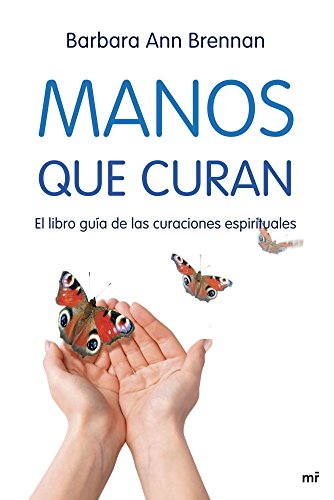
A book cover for manos que curan el libro guia de las curaciones 34ed; Barbara Brennan; Science & Math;